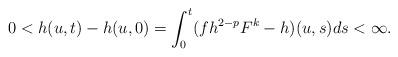
LaTeX: \begin{align*}0<h(u,t)-h(u,0)=\int_0^t (fh^{2-p}F^k-h)(u,s)ds<\infty.\end{align*}